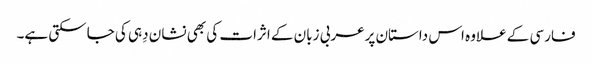
فارسی کے علاوہ اس داستان پرعربی زبان کے اثرات کی بھی نشان دِہی کی جاسکتی ہے۔